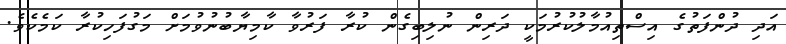
އަދި ދުންފަތުގެ އިސްތިއުމާލުކުރުމަކީ ދަރިން ނުލިބިގެން ކުރާ ފަރުވާ ކާމިޔާބުނުވުމަށް މަގުފަހިކުރާ ކަމެކެވެ.